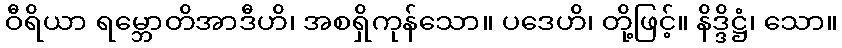
ဝီရိယာ ရမ္ဘောတိအာဒီဟိ၊ အစရှိကုန်သော။ ပဒေဟိ၊ တို့ဖြင့်။ နိဒ္ဒိဋ္ဌံ၊ သော။